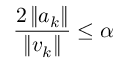
{ \frac { 2 \left\| { \boldsymbol { a } } _ { k } \right\| } { \left\| { \boldsymbol { v } } _ { k } \right\| } } \leq \alpha